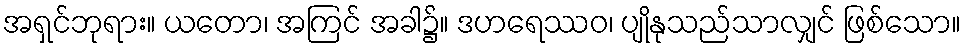
အရှင်ဘုရား။ ယတော၊ အကြင် အခါ၌။ ဒဟရေဿဝ၊ ပျိုနုသည်သာလျှင် ဖြစ်သော။